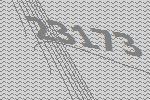
23173